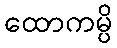
ထောကမ္ပိ